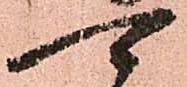
可